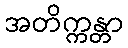
အတိက္ကန္တာ